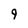
Character: 9